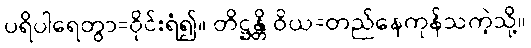
ပရိပါရေတွာ=ဝိုင်းရံ၍။ တိဋ္ဌန္တိ ဝိယ=တည်နေကုန်သကဲ့သို့။